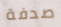
صدفة